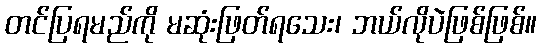
တင်ပြရမည်ကို မဆုံးဖြတ်ရသေး၊ ဘယ်လိုပဲဖြစ်ဖြစ်။